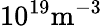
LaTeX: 10^{19}\mathrm{{m}^{-3}}